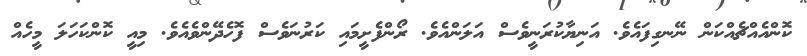
ކޮންއެއްޗެއްކަން ނޭނގިފައެވެ. އަނިޔާކުރަނީވެސް އަލަންއެވެ. ރޯންފެށީމައި ކަރުނަވެސް ފޮހެދޭންވެއެވެ. މިއީ ކޮންކަހަލަ މީހެއް